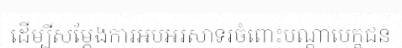
ដើម្បីសម្តែងការអបអរសាទរចំពោះបណ្តាបេក្ខជន